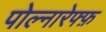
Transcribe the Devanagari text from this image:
पोल्नारेफ्फ़